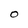
Character: O